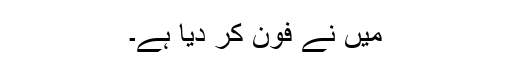
میں نے فون کر دیا ہے۔